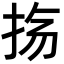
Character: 𫼟